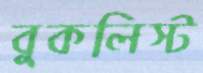
বুকলিস্ট